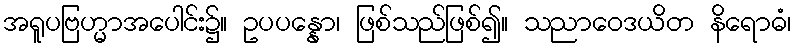
အရူပဗြဟ္မာအပေါင်း၌။ ဥပပန္နော၊ ဖြစ်သည်ဖြစ်၍။ သညာဝေဒယိတ နိရောဓံ၊